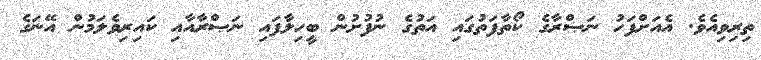
ތިރިވިއެވެ. އެއަށްފަހު ނަޞްރާގެ ކޯތާފަތުގައި އަތުގެ ނުފުށުން ބީހިލާފައި ނަޞްރާއާއި ކައިރިވެލަމުން އޭނަގެ